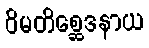
ဝိမတိစ္ဆေဒနာယ